Indian journal of veterinary science and animal husbandry - Volume 7,
Year: 1937
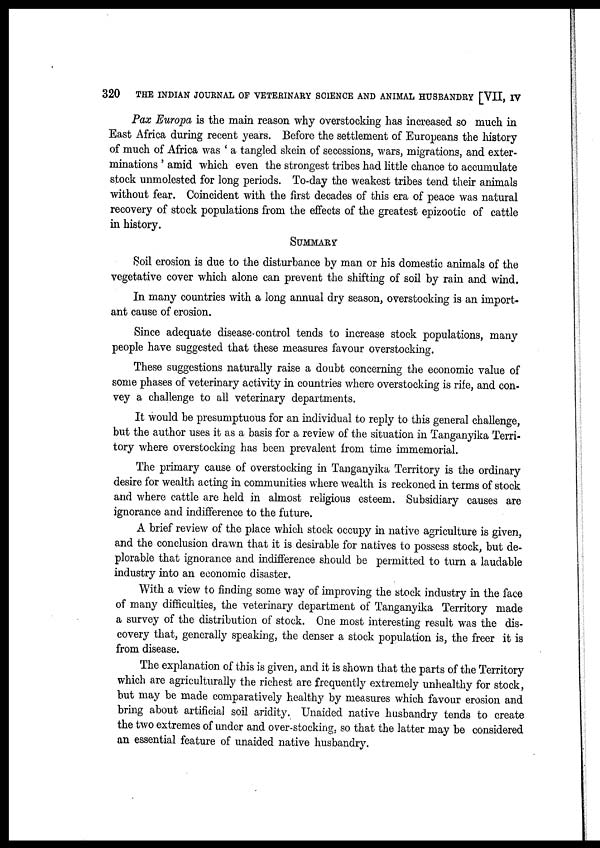
320
THE INDIAN JOURNAL OF VETERINARY SCIENCE AND ANIMAL HUSBANDRY [VII, IV
Pax Europa is the main reason why overstocking has increased so much in
East Africa during recent years. Before the settlement of Europeans the history
of much of Africa was ' a tangled skein of secessions, wars, migrations, and exter-
minations ' amid which even the strongest tribes had little chance to accumulate
stock unmolested for long periods. To-day the weakest tribes tend their animals
without fear. Coincident with the first decades of this era of peace was natural
recovery of stock populations from the effects of the greatest epizootic of cattle
in history.
SUMMARY
Soil erosion is due to the disturbance by man or his domestic animals of the
vegetative cover which alone can prevent the shifting of soil by rain and wind.
In many countries with a long annual dry season, overstocking is an import-
ant cause of erosion.
Since adequate disease-control tends to increase stock populations, many
people have suggested that these measures favour overstocking.
These suggestions naturally raise a doubt concerning the economic value of
some phases of veterinary activity in countries where overstocking is rife, and con-
vey a challenge to all veterinary departments.
It would be presumptuous for an individual to reply to this general challenge,
but the author uses it as a basis for a review of the situation in Tanganyika Terri-
tory where overstocking has been prevalent from time immemorial.
The primary cause of overstocking in Tanganyika Territory is the ordinary
desire for wealth acting in communities where wealth is reckoned in terms of stock
and where cattle are held in almost religious esteem. Subsidiary causes are
ignorance and indifference to the future.
A brief review of the place which stock occupy in native agriculture is given,
and the conclusion drawn that it is desirable for natives to possess stock, but de-
plorable that ignorance and indifference should be permitted to turn a laudable
industry into an economic disaster.
With a view to finding some way of improving the stock industry in the face
of many difficulties, the veterinary department of Tanganyika Territory made
a survey of the distribution of stock. One most interesting result was the dis-
covery that, generally speaking, the denser a stock population is, the freer it is
from disease.
The explanation of this is given, and it is shown that the parts of the Territory
which are agriculturally the richest are frequently extremely unhealthy for stock,
but may be made comparatively healthy by measures which favour erosion and
bring about artificial soil aridity. Unaided native husbandry tends to create
the two extremes of under and over-stocking, so that the latter may be considered
an essential feature of unaided native husbandry.